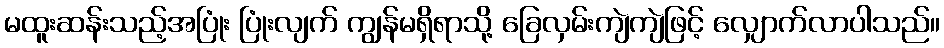
မထူးဆန်းသည့်အပြုံး ပြုံးလျက် ကျွန်မရှိရာသို့ ခြေလှမ်းကျဲကျဲဖြင့် လျှောက်လာပါသည်။